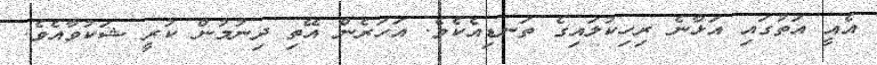
އެއީ އަތުގައި އަޅާނެ ރިހިކުލައިގެ ތަނޑިއެކެވެ. އަހަރެން އޭތި ދިނުމުން ކުރީ ޝަކުވާއެވެ.